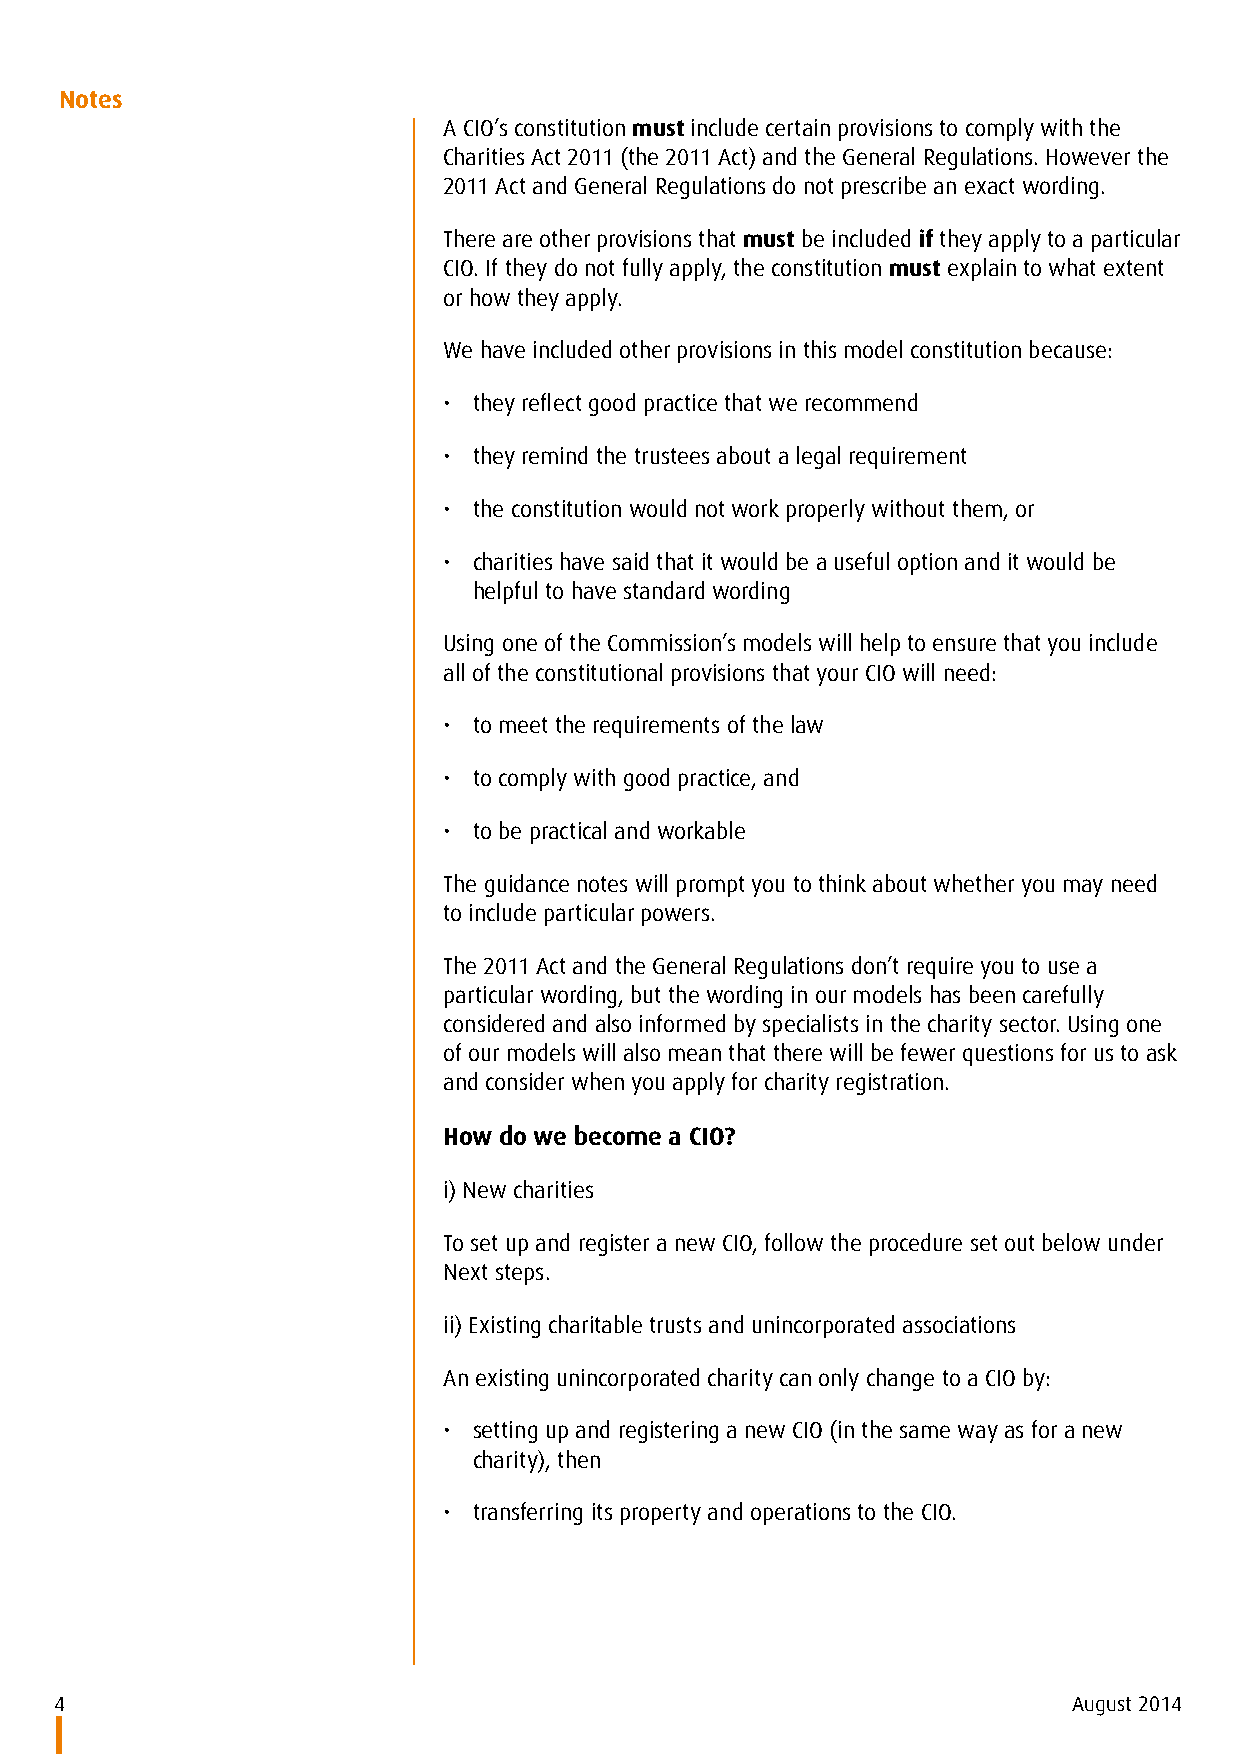
Notes
 A CIO’s constitution must include certain provisions to comply with the
 Charities Act 2011 (the 2011 Act) and the General Regulations. However the
 2011 Act and General Regulations do not prescribe an exact wording.
 There are other provisions that must be included if they apply to a particular
 CIO. If they do not fully apply, the constitution must explain to what extent
 or how they apply.
 We have included other provisions in this model constitution because:
 • they reflect good practice that we recommend
 • they remind the trustees about a legal requirement
 • the constitution would not work properly without them, or
 • charities have said that it would be a useful option and it would be
 helpful to have standard wording
 Using one of the Commission’s models will help to ensure that you include
 all of the constitutional provisions that your CIO will need:
 • to meet the requirements of the law
 • to comply with good practice, and
 • to be practical and workable
 The guidance notes will prompt you to think about whether you may need
 to include particular powers.
 The 2011 Act and the General Regulations don’t require you to use a
 particular wording, but the wording in our models has been carefully
 considered and also informed by specialists in the charity sector. Using one
 of our models will also mean that there will be fewer questions for us to ask
 and consider when you apply for charity registration.
 How do we become a CIO?
 i) New charities
 To set up and register a new CIO, follow the procedure set out below under
 Next steps.
 ii) Existing charitable trusts and unincorporated associations
 An existing unincorporated charity can only change to a CIO by:
 • setting up and registering a new CIO (in the same way as for a new
 charity), then
 • transferring its property and operations to the CIO.
 4                                                                  August 2014